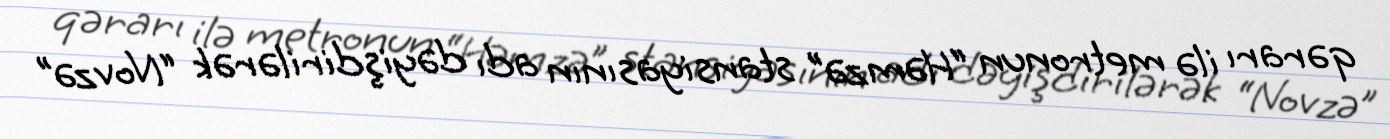
qərarı ilə metronun “Həmzə” stansiyasının adı dəyişdirilərək “Novzə”